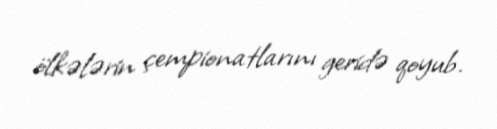
ölkələrin çempionatlarını geridə qoyub.